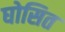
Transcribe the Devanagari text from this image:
घोसित